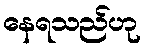
နေရသည်ဟု